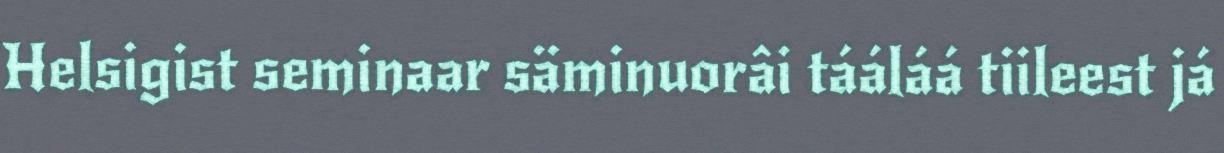
Helsigist seminaar säminuorâi tááláá tiileest já